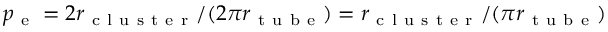
p _ { \mathrm { ~ e ~ } } = 2 r _ { \mathrm { ~ c ~ l ~ u ~ s ~ t ~ e ~ r ~ } } / ( 2 \pi r _ { \mathrm { ~ t ~ u ~ b ~ e ~ } } ) = r _ { \mathrm { ~ c ~ l ~ u ~ s ~ t ~ e ~ r ~ } } / ( \pi r _ { \mathrm { ~ t ~ u ~ b ~ e ~ } } )